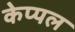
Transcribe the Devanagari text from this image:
केप्पल